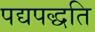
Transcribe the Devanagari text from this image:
पद्यपद्धति